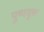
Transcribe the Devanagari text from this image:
पुष्पयुक्त